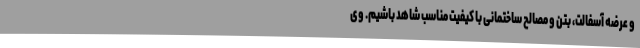
و عرضه آسفالت، بتن و مصالح ساختمانی با کیفیت مناسب شاهد باشیم. وی